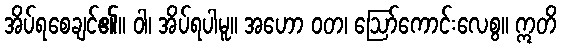
အိပ်ရစေချင်၏။ ဝါ၊ အိပ်ရပါမူ။ အဟော ဝတ၊ ဩော်ကောင်းလေစွ။ ဣတိ